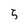
Character: 5